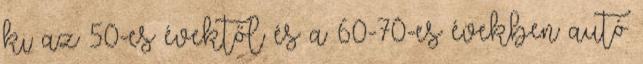
ki az 50-es évektől és a 60-70-es években autó